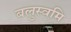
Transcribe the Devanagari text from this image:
बलुस्वमि